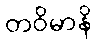
တဝိမာနိ